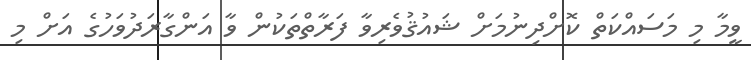
ވީމާ މި މަސައްކަތް ކޮށްދިނުމަށް ޝައުޤުވެރިވާ ފަރާތްތަކުން ވާ އަންގާރަދުވަހުގެ އަށް މި